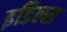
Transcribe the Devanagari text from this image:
इडिल्स